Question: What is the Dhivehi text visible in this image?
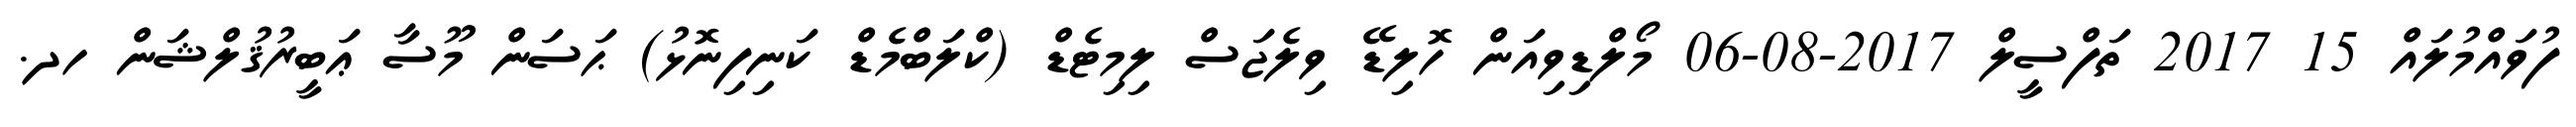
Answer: ފުވައްމުލައް 15 2017 ތަފްސީލް 2017-08-06 މޯލްޑިވިއަން ހޮލިޑޭ ވިލެޖަސް ލިމިޓެޑް (ކްލަބްމެޑް ކަނިފިނޮޅު) ޙަސަން މޫސާ ޢަބީރުޤުލްޝަން ހދ.